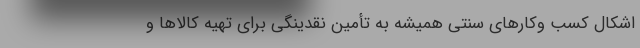
اشکال کسب وکارهای سنتی همیشه به تأمین نقدینگی برای تهیه کالا‌ها و